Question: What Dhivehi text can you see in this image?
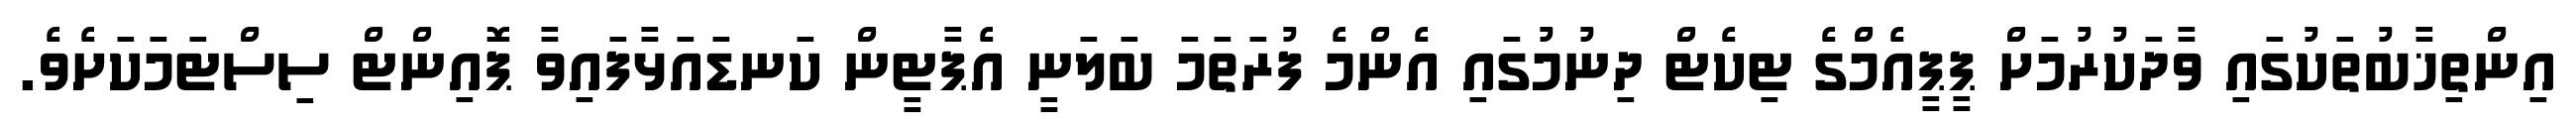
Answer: އިންތިޚާބުތަކުގައި ވާދަކުރުމަށް ޕީޕީއެމްގެ ޓިކެޓް ދިނުމުގައި އެންމެ ފުރަތަމަ ބަލަނީ އެޕާޓީން ކަނޑައަޅާފައިވާ ޕޮއިންޓް ސިސްޓަމަކަށެވެ.